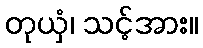
တုယှံ၊ သင့်အား။